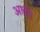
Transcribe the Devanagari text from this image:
आतां।